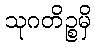
သုဂတိဉ္စမှိ